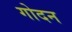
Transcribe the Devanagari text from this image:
गोदन